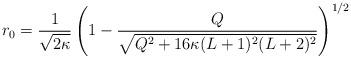
LaTeX: \begin{align*} r_0 = \frac{1}{\sqrt{2\kappa}} \left(1 - \frac{Q}{\sqrt{Q^2 + 16\kappa (L+1)^2 (L+2)^2}}\right)^{1/2}\end{align*}